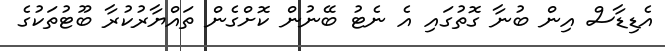
އެޑިޑާސް އިން ބުނާ ގޮތުގައި އެ ނެޓު ބޭނުން ކޮށްގެން ތައްޔާރުކުރާ ބޫޓުތަކުގެ